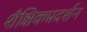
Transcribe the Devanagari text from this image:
शैक्षिकप्रदर्शन